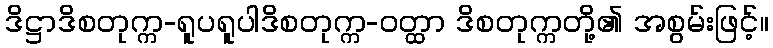
ဒိဋ္ဌာဒိစတုက္က-ရူပရူပါဒိစတုက္က-ဝတ္ထာ ဒိစတုက္ကတို့၏ အစွမ်းဖြင့်။